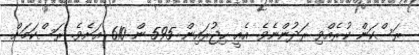
ރަސްކަން ކުރެއްވި ރަދުންނެވެ. އެއީ ހިޖުރައިން 595 ން 610 އަށެވެ. ރަސްކަމަށް